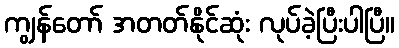
ကျွန်တော် အတတ်နိုင်ဆုံး လုပ်ခဲ့ပြီးပါပြီ။